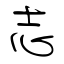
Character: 志